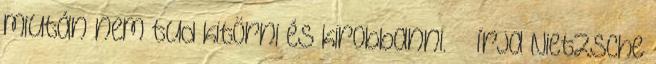
miután nem tud kitörni és kirobbanni.” – írja Nietzsche